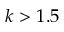
k > 1 . 5